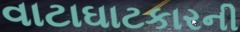
વાટાઘાટકારની